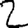
Digit: 2